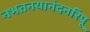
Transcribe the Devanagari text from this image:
नभतनयानंदनरिपू